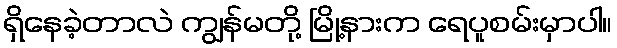
ရှိနေခဲ့တာလဲ ကျွန်မတို့ မြို့နားက ရေပူစမ်းမှာပါ။